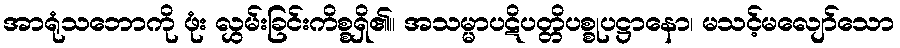
အာရုံသဘောကို ဖုံး လွှမ်းခြင်းကိစ္စရှိ၏။ အသမ္မာပဋိပတ္တိပစ္စုပဋ္ဌာနော၊ မသင့်မလျော်သော